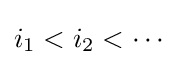
i_{1}<i_{2}<\cdots